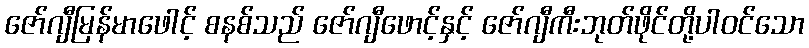
ဇော်ဂျီမြန်မာဖေါင့် စနစ်သည် ဇော်ဂျီဖောင့်နှင့် ဇော်ဂျီကီးဘုတ်ဖိုင်တို့ပါဝင်သော